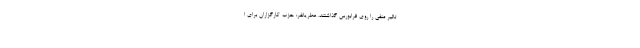
تاثیر منفی را روی فرابورس گذاشتند. عطریانفر: حزب کارگزاران برای ا